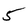
Character: 5